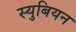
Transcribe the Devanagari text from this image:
स्युबियन